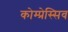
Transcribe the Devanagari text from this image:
कोम्प्रेस्सिव